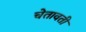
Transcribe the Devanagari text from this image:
चेतावती